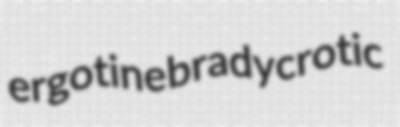
ergotine bradycrotic